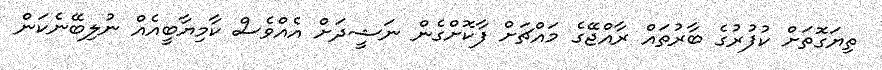
ތިޔަގޮތަށް ކުފުރުގެ ބާރުތައް ރާއްޖޭގެ މައްޗަށް ފާކޮށްގެން ނަޝީދަށް އެއްވެސް ކާމިޔާބީއެއް ނުލިބޭނެކަން